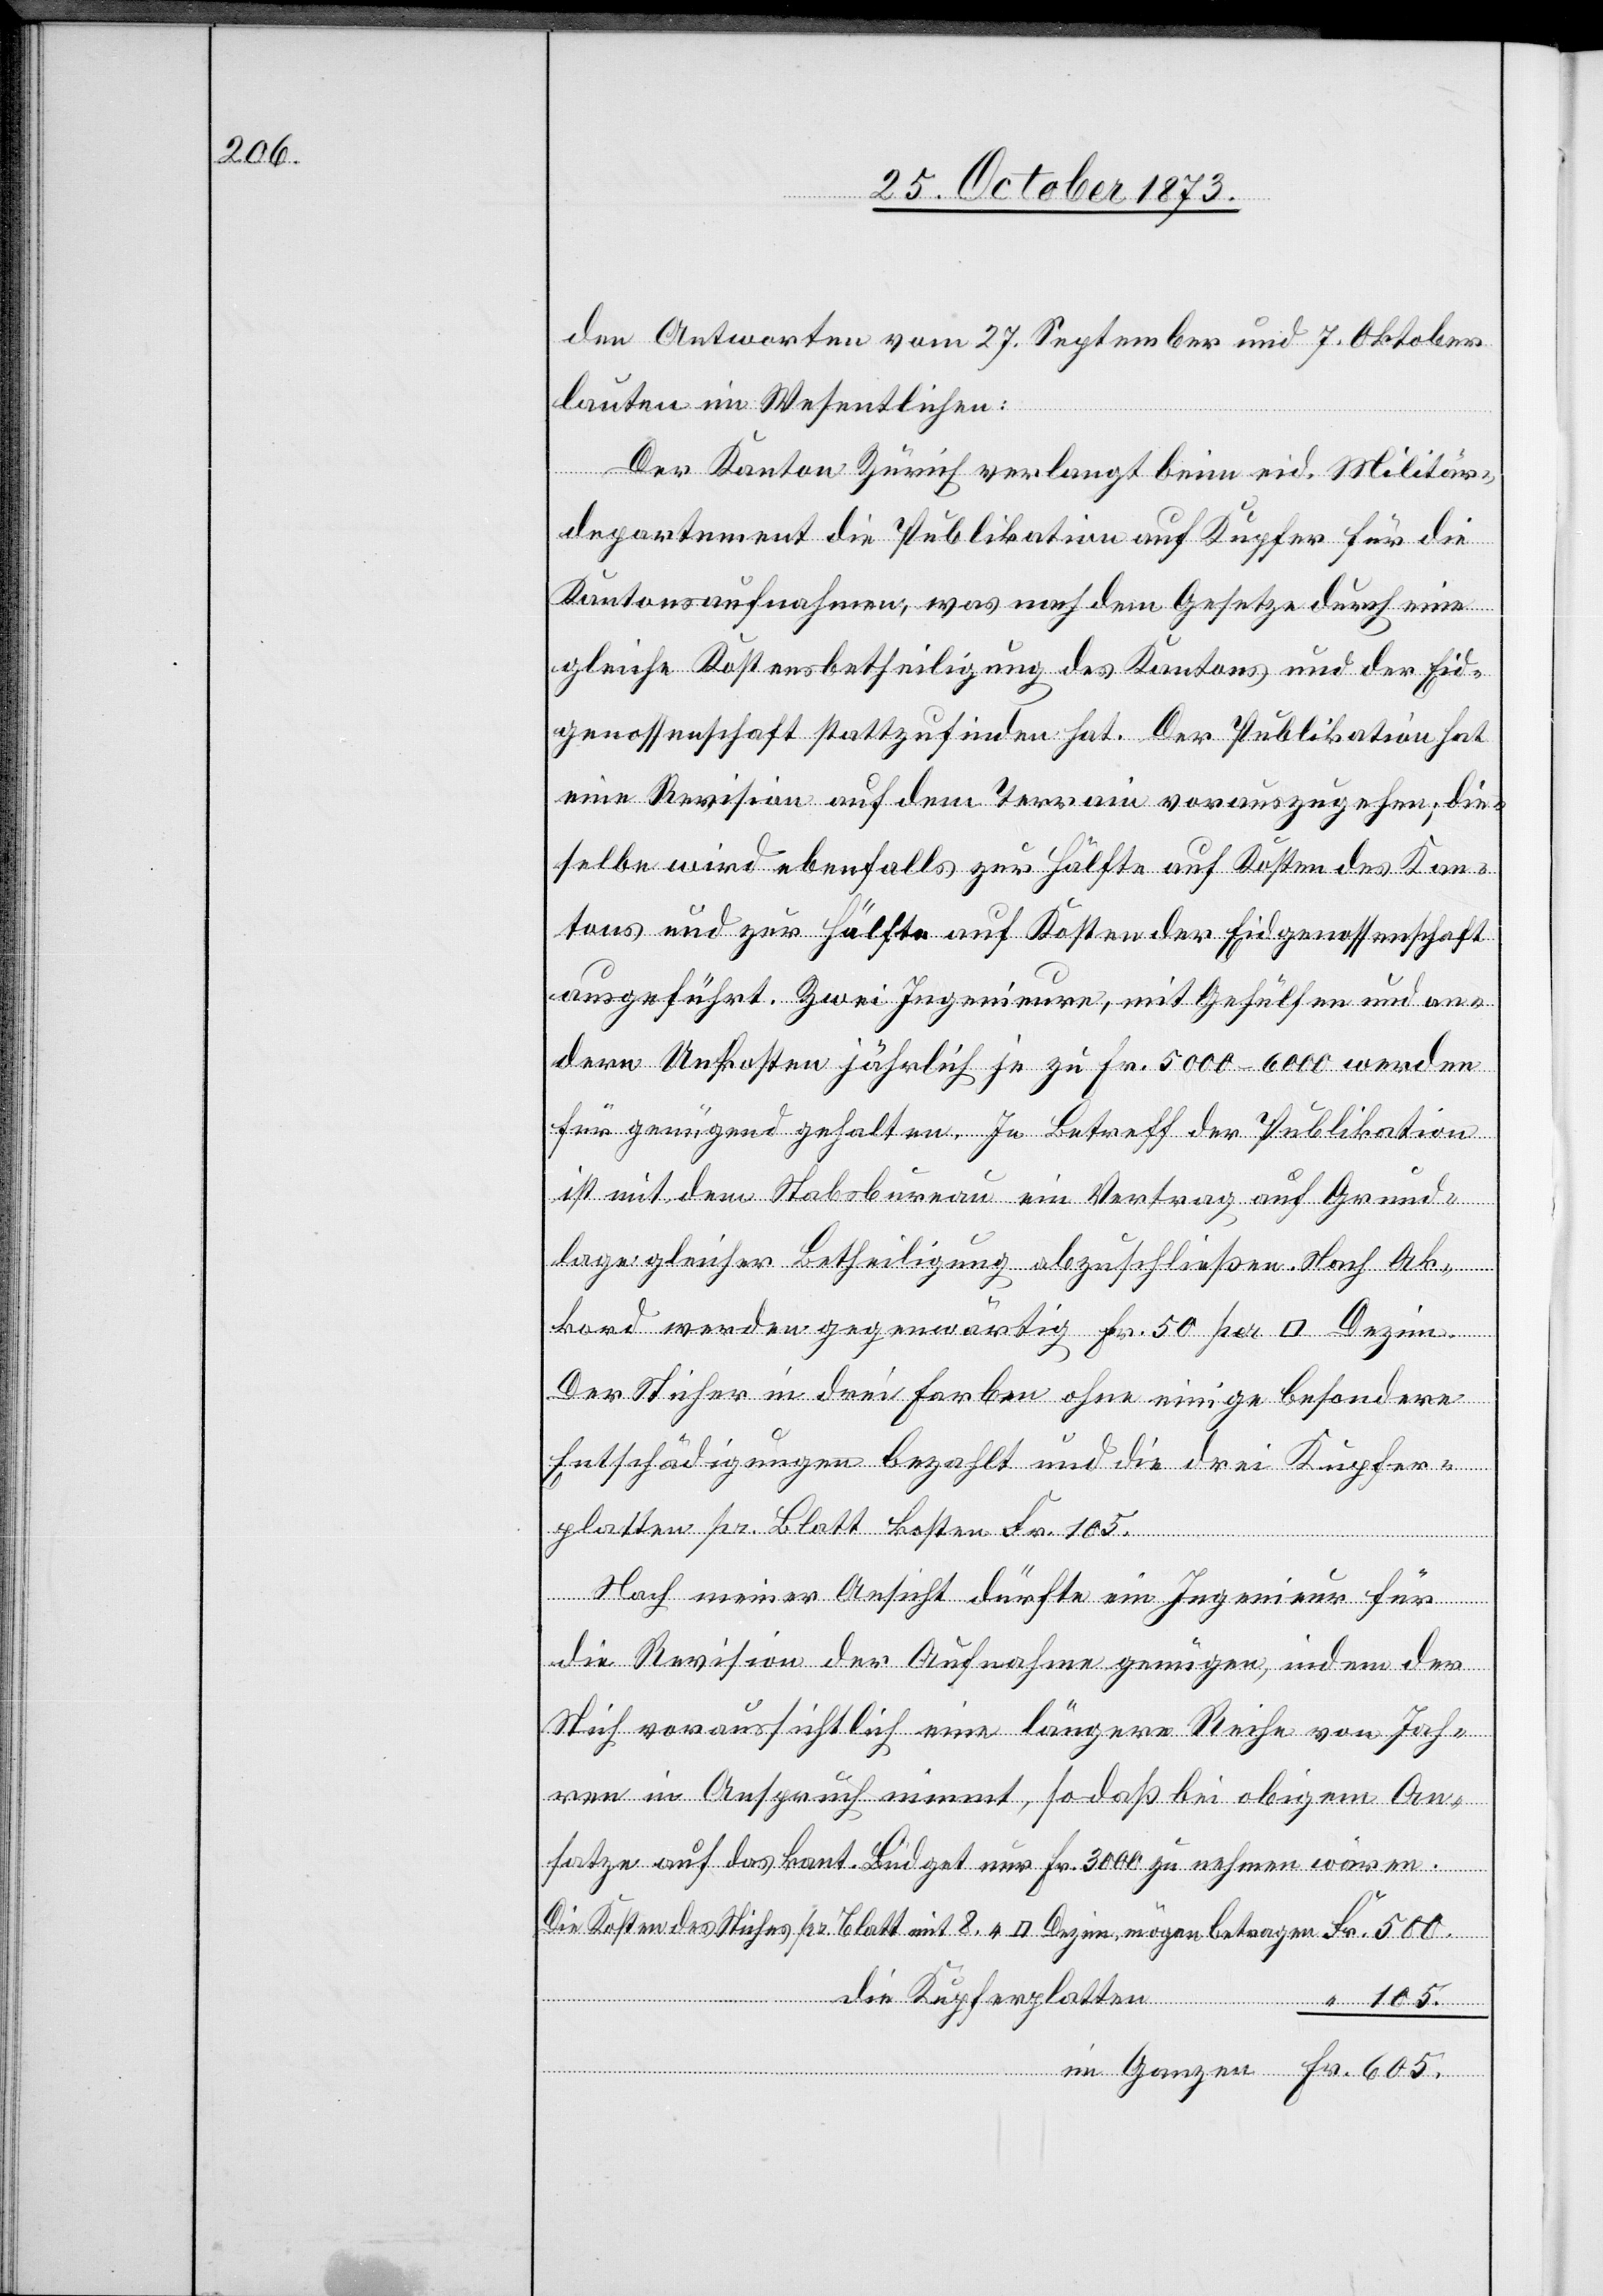
500.

den Antworten vom 27. September und 7. Oktober
lauten im Wesentlichen:
Der Kanton Zürich verlangt beim eid. Militär¬
departement die Publikation auf Kupfer für die
Kantonsaufnahmen, was nach dem Gesetze durch eine
gleiche Kostensbetheiligung des Kantons und der Eid¬
genossenschaft stattzufinden hat. Der Publikation hat
eine Revision auf dem Terrain vorauszugehen; die¬
selbe wird ebenfalls zur Hälfte auf Kosten des Kan¬
tons und zur Hälfte auf Kosten der Eidgenossenschaft
ausgeführt. Zwei Ingenieure, mit Gehülfen und an¬
dern Unkosten jährlich je zu Fr. 5 000–6 000 werden
für genügend gehalten. In Betreff der Publikation
ist mit dem Stabsbureau ein Vertrag auf Grund¬
lage gleicher Betheiligung abzuschließen. Nach Ak¬
kord werden gegenwärtig Fr. 50 per [Quadrat] Dezim.
Der Sticher in drei Farben ohne einige besondere
Entschädigungen bezahlt und die drei Kupfer¬
platten pr. Blatt kosten Fr. 105.
Nach meiner Ansicht dürfte ein Ingenieur für
die Revision der Aufnahme genügen, indem der
Stich voraussichtlich eine längere Reihe von Jah¬
ren in Anspruch nimmt, sodaß bei obigem An¬
satze auf das kant. Büdget nur Fr. 3 000 zu nehmen wären.
die Kupferplatten
im
Fr.
105.